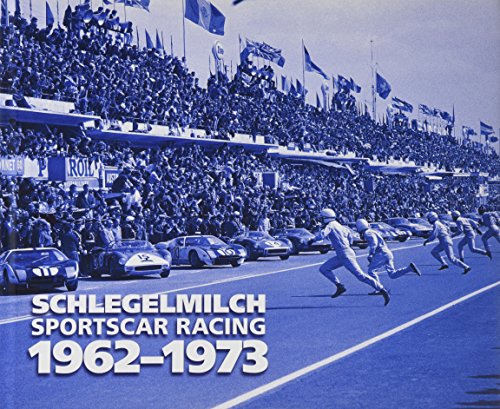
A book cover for Schlegelmilch Sportscar Racing 1962-1973; Arts & Photography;